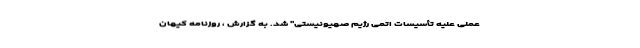
عملی علیه تأسیسات اتمی رژیم صهیونیستی" شد. به گزارش ، روزنامه کیهان